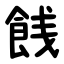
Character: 䬻